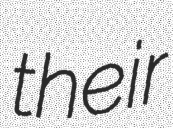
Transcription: their